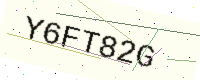
Text: Y6FT82G